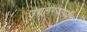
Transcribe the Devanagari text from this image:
उचलण्यापर्यंत